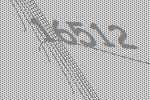
16512